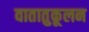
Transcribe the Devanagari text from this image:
वातातुकूलन